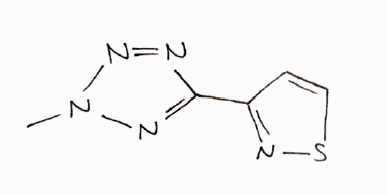
Simplified molecular-input line-entry system (SMILES) notation of the given molecule:
CN1N=C(N=N1)C2=NSC=C2